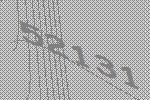
52131